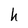
Character: h